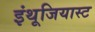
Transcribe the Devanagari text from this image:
इंथूजियास्ट